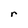
Character: r